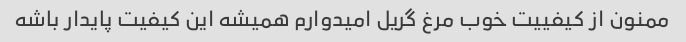
ممنون از کیفییت خوب مرغ گریل امیدوارم همیشه این کیفیت پایدار باشه